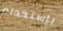
بإستخدام